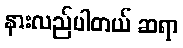
နားလည်ပါတယ် ဆရာ